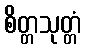
စိတ္တသုတ္တံ